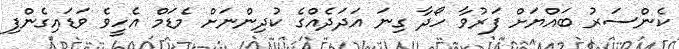
ކެންސަރު ބައްޔަށް ފަރުވާ ހޯދާ ގިނަ އަދަދެއްގެ ކުދިންނަށް މެޑަމް އެހީވެ ވަޑައިގެންފި